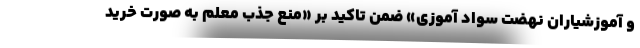
و آموزشیاران نهضت سواد آموزی» ضمن تاکید بر «منع جذب معلم به صورت خرید